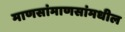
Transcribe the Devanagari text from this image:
माणसांमाणसांमधील